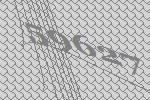
59627